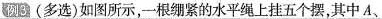
例3(多选)如图所示，一根绷紧的水平绳上挂五个摆，其中A、